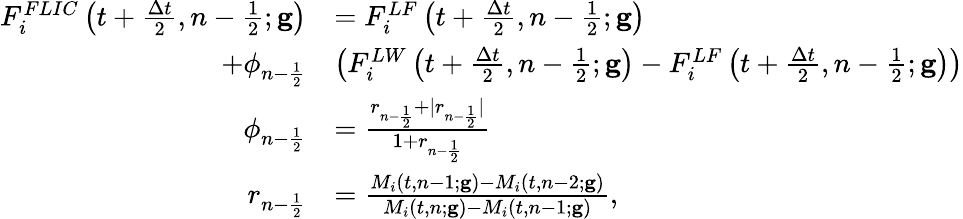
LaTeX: \begin{array}{rl}{F_{i}^{FLIC}\left(t+\frac{\Delta t}{2},n-\frac{1}{2};\mathbf{g}\right)}&{=F_{i}^{LF}\left(t+\frac{\Delta t}{2},n-\frac{1}{2};\mathbf{g}\right)}\\ {+\phi_{n-\frac{1}{2}}}&{\left(F_{i}^{LW}\left(t+\frac{\Delta t}{2},n-\frac{1}{2};\mathbf{g}\right)-F_{i}^{LF}\left(t+\frac{\Delta t}{2},n-\frac{1}{2};\mathbf{g}\right)\right)}\\ {\phi_{n-\frac{1}{2}}}&{=\frac{r_{n-\frac{1}{2}}+|r_{n-\frac{1}{2}}|}{1+r_{n-\frac{1}{2}}}}\\ {r_{n-\frac{1}{2}}}&{=\frac{M_{i}(t,n-1;\mathbf{g})-M_{i}(t,n-2;\mathbf{g})}{M_{i}(t,n;\mathbf{g})-M_{i}(t,n-1;\mathbf{g})},}\end{array}